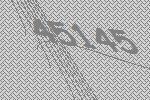
45145